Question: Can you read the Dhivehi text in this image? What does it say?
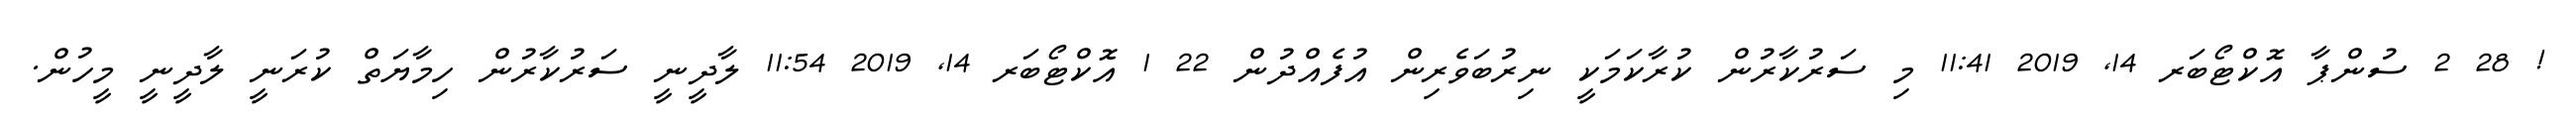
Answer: ! 28 2 ސުންޕާ އޮކްޓޯބަރ 14, 2019 11:41 މި ސަރުކާރުން ކުރާކަމަކީ ނިރުބަވެރިން އުފެއްދުން 22 1 އޮކްޓޯބަރ 14, 2019 11:54 ލާދީނީ ސަރުކާރުން ހިމާޔަތް ކުރަނީ ލާދީނީ މީހުން.